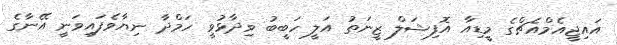
އައިޖީއެމްއެޗްގެ މީޑިއާ އޮފިޝަލް ޒީނަތު އަލީ ހަބީބު ވިދާޅުވީ ހަމްދާ ނިޔާވެފައިވަނީ އޭނާގެ